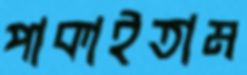
পাকাইতাম